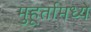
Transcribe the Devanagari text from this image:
मुहूर्तामध्ये